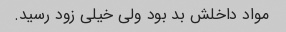
مواد داخلش بد بود‌ ولی خیلی زود رسید.